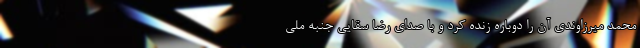
محمد میرزاوندی آن را دوباره زنده کرد و با صدای رضا سقایی جنبه ملی